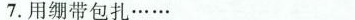
7.用绷带包扎……___